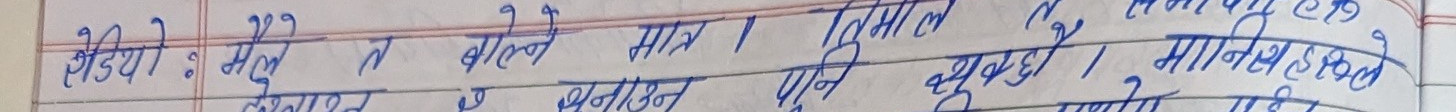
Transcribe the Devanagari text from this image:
सेडयो : मैले न बोले मात्र । तिमाले पनि थुक्यो, मानिसहरुले